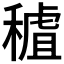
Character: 𥡧